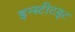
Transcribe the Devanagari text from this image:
इन्स्टीटय़ूट